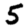
Digit: 5